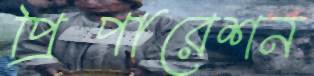
প্রিপারেশন